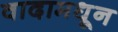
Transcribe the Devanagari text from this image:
वादामधून